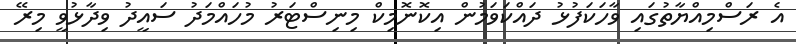
އެ ރަސްމިއްޔާތުގައި ވާހަކަފުޅު ދައްކަވަމުން އިކޮނޮމިކް މިނިސްޓަރު މުހައްމަދު ސައީދު ވިދާޅުވީ މިރޭ